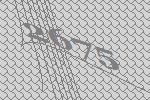
2675